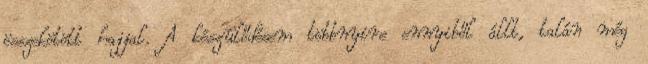
összekötött hajjal. A készülődésem többnyire ennyiből állt, talán még